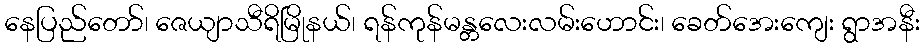
နေပြည်တော်၊ ဇေယျာသီရိမြိုနယ်၊ ရန်ကုန်မန္တလေးလမ်းဟောင်း၊ ခေတ်အေးကျေး ရွာအနီး